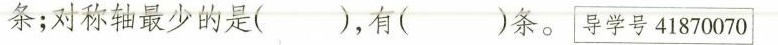
条；对称轴最少的是()，有()条。 导学号41870070